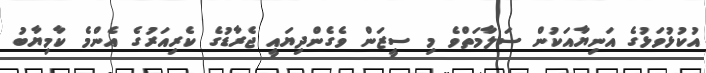
އުކުޅުވަޅުގެ އަނިޔާއަކުން ސަލާމަތްވެ މި ސީޒަން ވެގެންދިޔައީ ޖެރާޑުގެ ކެރިއަރުގެ އެންމެ ކާމިޔާބު